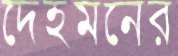
দেহমনের